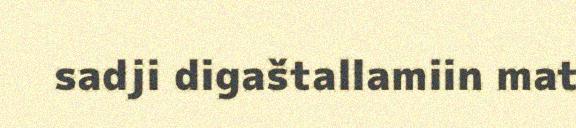
sadji digaštallamiin mat